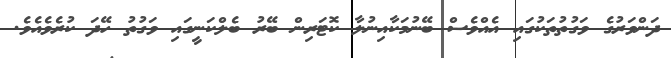
ދަންވަރުގެ ވަގުތުތަކުގައި އެއްވެސް ބޭނުމަކާއިނުލާ ކޮޓަރިން ބޭރު ބެލްކަނީގައި ވަގުތު ހޭދަ ކުރެވެއެވެ.